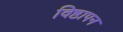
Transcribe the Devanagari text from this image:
विष्ठापन